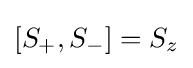
[S_{+},S_{-}]=S_{z}